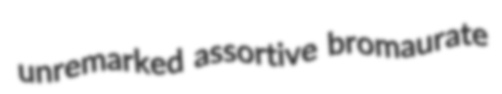
unremarked assortive bromaurate